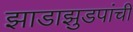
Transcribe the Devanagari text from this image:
झाडाझुडपांची